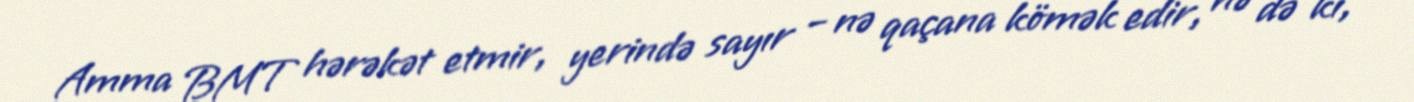
Amma BMT hərəkət etmir, yerində sayır – nə qaçana kömək edir, nə də ki,